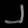
Digit: ၂